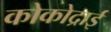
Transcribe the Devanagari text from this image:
कोकोद्राई